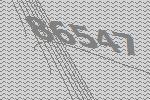
86547